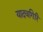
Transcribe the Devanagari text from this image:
यादवगिरि